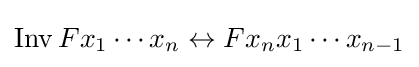
\operatorname {Inv} Fx_{1}\cdots x_{n}\leftrightarrow Fx_{n}x_{1}\cdots x_{n-1}